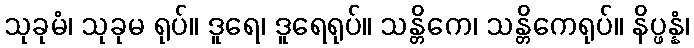
သုခုမံ၊ သုခုမ ရုပ်။ ဒူရေ၊ ဒူရေရုပ်။ သန္တိကေ၊ သန္တိကေရုပ်။ နိပ္ဖန္နံ၊